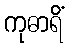
ကုဓာရိံ